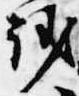
議